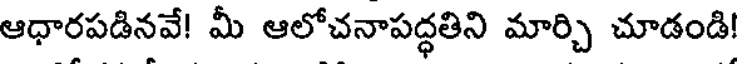
ఆధారపడినవే! మీ ఆలోచనాపద్ధతిని మార్చి చూడండి!